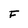
Character: F